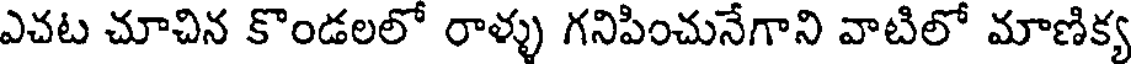
ఎచట చూచిన కొండలలో రాళ్ళు గనిపించునేగాని వాటిలో మాణిక్య